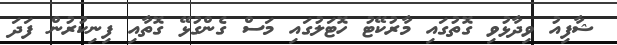
ޝާފިއު ވިދާޅުވި ގޮތުގައި މާރުކޭޓު ހޮޓަލުގައި މަސް ގެންގުޅޭ ގޮތާއި ފިނިކުރުން ފަދަ